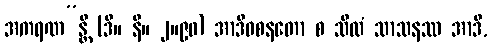
အကရဏ”န္တိ (ဒီ။ နိ။ ၂။၉၀) အာဒိဝစနတော စ သီလံ သာသနဿ အာဒိ,